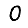
Digit: 0